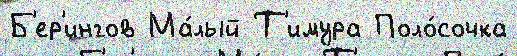
Б'ер'ингов Ма́лый Т'имура Поло́сочка